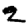
Digit: 2